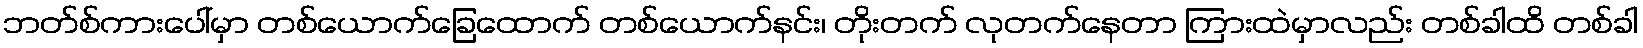
ဘတ်စ်ကားပေါ်မှာ တစ်ယောက်ခြေထောက် တစ်ယောက်နင်း၊ တိုးတက် လုတက်နေတာ ကြားထဲမှာလည်း တစ်ခါထိ တစ်ခါ